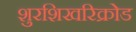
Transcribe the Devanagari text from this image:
शुरशिखरिक्रोड